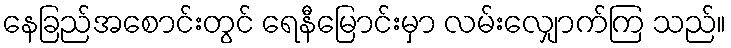
နေခြည်အစောင်းတွင် ရေနီမြောင်းမှာ လမ်းလျှောက်ကြ သည်။